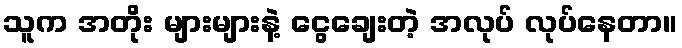
သူက အတိုး များများနဲ့ ငွေချေးတဲ့ အလုပ် လုပ်နေတာ။